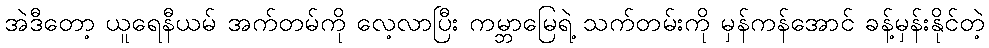
အဲဒီတော့ ယူရေနီယမ် အက်တမ်ကို လေ့လာပြီး ကမ္ဘာမြေရဲ့ သက်တမ်းကို မှန်ကန်အောင် ခန့်မှန်းနိုင်တဲ့